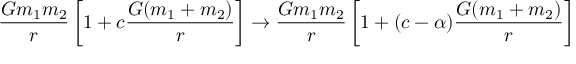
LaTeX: \frac { G m _ { 1 } m _ { 2 } } { r } \left[ 1 + c \frac { G ( m _ { 1 } + m _ { 2 } ) } { r } \right] \rightarrow \frac { G m _ { 1 } m _ { 2 } } { r } \left[ 1 + ( c - \alpha ) \frac { G ( m _ { 1 } + m _ { 2 } ) } { r } \right]